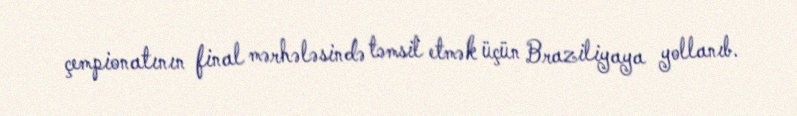
çempionatının final mərhələsində təmsil etmək üçün Braziliyaya yollanıb.